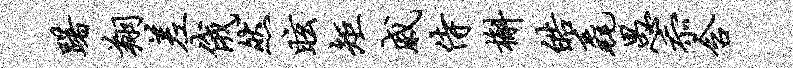
躇翔差俄然眩矩戚侍槲皓毳愚忝含